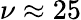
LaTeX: \nu\approx 25